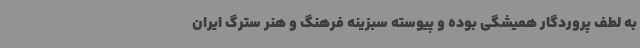
به لطف پروردگار همیشگی بوده و پیوسته سبزینه فرهنگ و هنر سترگ ایران